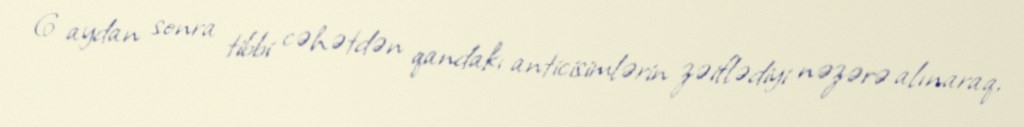
6 aydan sonra tibbi cəhətdən qandakı anticisimlərin zəiflədiyi nəzərə alınaraq,